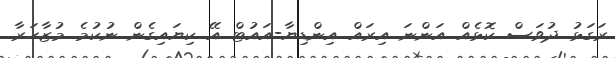
ރަގަޅު ދުވަސް ކޮޅެއް އަންނަ އިރައް އިންޑިޔާ-އައުޓް އޭ ކިޔައިގެން ނުކުމެ މުޒާހަރާ